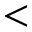
<